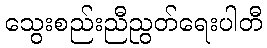
သွေးစည်းညီညွတ်ရေးပါတီ